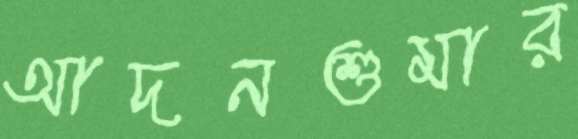
আদনশুমার